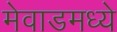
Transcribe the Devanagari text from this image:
मेवाडमध्ये